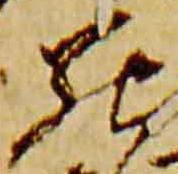
罷